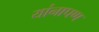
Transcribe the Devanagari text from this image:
यांनापण